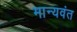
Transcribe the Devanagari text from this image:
मान्यवंत